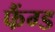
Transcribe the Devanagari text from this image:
फैंग्ड